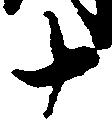
十